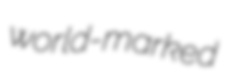
world-marked